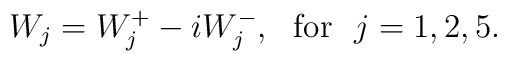
W_j = W_j^+ -i W_j^- ,~~\mbox{for}~~j=1,2,5 .